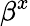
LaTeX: \beta^{x}